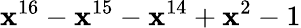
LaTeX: \mathbf{x}^{16}-\mathbf{x}^{15}-\mathbf{x}^{14}+\mathbf{x}^{2}-1